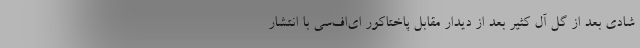
شادی بعد از گل آل کثیر بعد از دیدار مقابل پاختاکور ای‌اف‌سی با انتشار